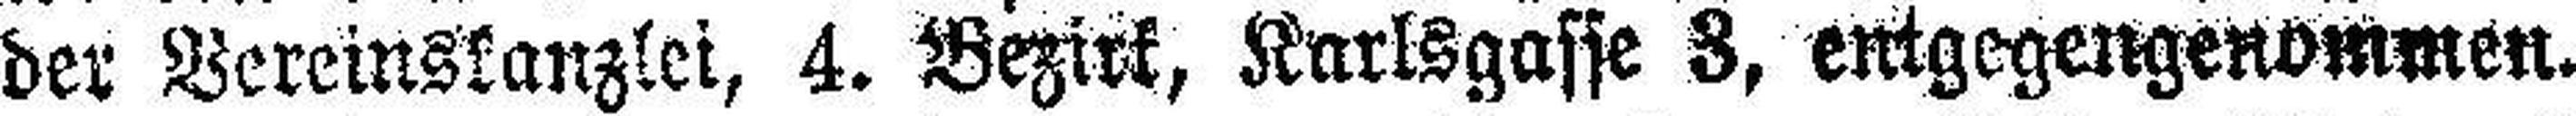
der Vereinskanzlei, 4. Bezirk, Karlsgasse 3, entgegengenommen.